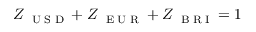
Z _ { \mathrm { ~ \tiny ~ U ~ S ~ D ~ } } + Z _ { \mathrm { ~ \tiny ~ E ~ U ~ R ~ } } + Z _ { \mathrm { ~ \tiny ~ B ~ R ~ I ~ } } = 1